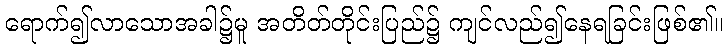
ရောက်၍လာသောအခါ၌မူ အတိတ်တိုင်းပြည်၌ ကျင်လည်၍နေရခြင်းဖြစ်၏။